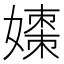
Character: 𪦡